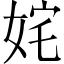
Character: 姹